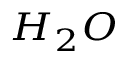
_ { H _ { 2 } O }